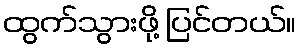
ထွက်သွားဖို့ ပြင်တယ်။